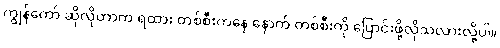
ကျွန်တော် ဆိုလိုတာက ရထား တစ်စီးကနေ နောက် တစ်စီးကို ပြောင်းဖို့လိုသလားလို့ပါ။